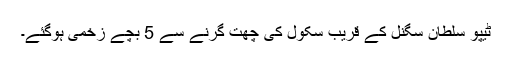
ٹیپو سلطان سگنل کے قریب سکول کی چھت گرنے سے 5 بچے زخمی ہوگئے۔